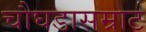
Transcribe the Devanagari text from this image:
चौघडासम्राट